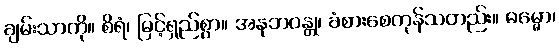
ချမ်းသာကို။ စိရံ၊ မြင့်ရှည်စွာ။ အနုဘဝန္တု၊ ခံစားစေကုန်သတည်း။ ဓမ္မော၊